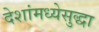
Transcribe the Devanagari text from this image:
देशांमध्येसुद्धा